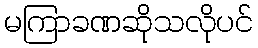
မကြာခဏဆိုသလိုပင်